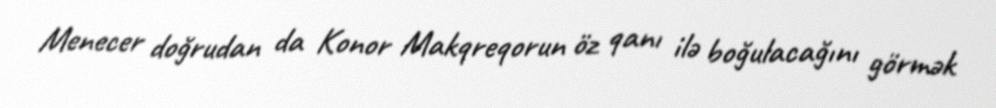
Menecer doğrudan da Konor Makqreqorun öz qanı ilə boğulacağını görmək